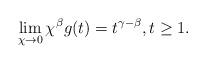
LaTeX: \begin{align*} \lim_{\chi\to 0}\chi^\beta g(t) = t^{\gamma-\beta}, t \ge 1.\end{align*}